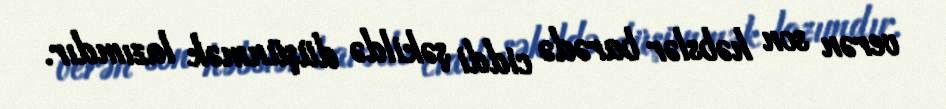
verən son həbslər barədə ciddi şəkildə düşünmək lazımdır.